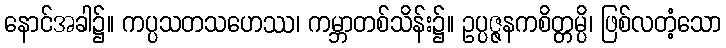
နောင်အခါ၌။ ကပ္ပသတသဟေဿ၊ ကမ္ဘာတစ်သိန်း၌။ ဥပ္ပဇ္ဇနကစိတ္တမ္ပိ၊ ဖြစ်လတံ့သော